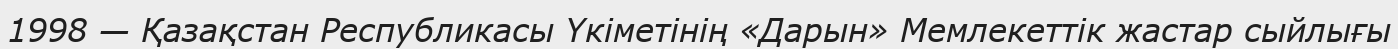
1998 — Қазақстан Республикасы Үкіметінің «Дарын» Мемлекеттік жастар сыйлығы